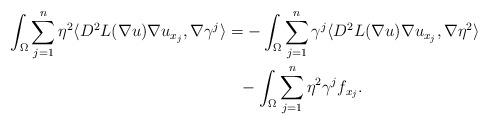
LaTeX: \begin{align*}\int_\Omega \sum_{j=1}^n \eta^2 \langle D^2 L(\nabla u) \nabla u_{x_j}, \nabla \gamma^j \rangle& = - \int_\Omega \sum_{j=1}^n \gamma^j \langle D^2 L(\nabla u) \nabla u_{x_j}, \nabla \eta^2 \rangle \\& \phantom{=} - \int_\Omega \sum_{j=1}^n \eta^2 \gamma^j f_{x_j}. \end{align*}